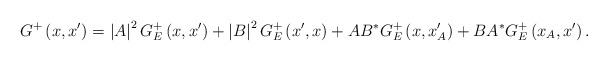
LaTeX: \begin{align*}G^{+}\left( x,x^{\prime }\right) =\left| A\right| ^{2}G_{E}^{+}\left(x,x^{\prime }\right) +\left| B\right| ^{2}G_{E}^{+}\left( x^{\prime},x\right) +AB^{\ast }G_{E}^{+}\left( x,x_{A}^{\prime }\right) +BA^{\ast}G_{E}^{+}\left( x_{A},x^{\prime }\right) . \end{align*}